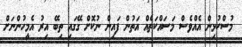
މުސްކުޅިން އެއްވެސް މަސައްކަތެއް އަތުން ފައިން ނުކޮށް ގޭގައި ތިބޭ އިރު އެމީހުންނަށް